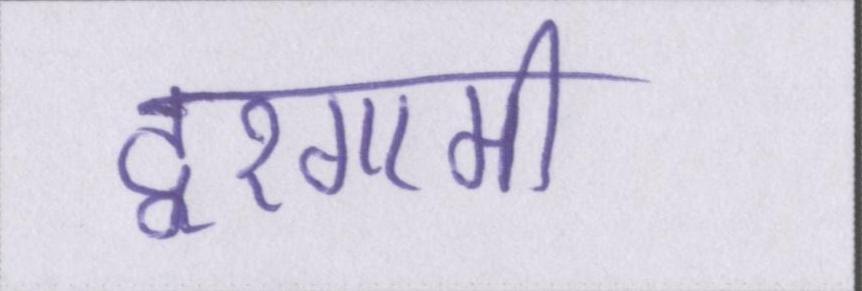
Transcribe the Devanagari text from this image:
दूरगामी